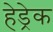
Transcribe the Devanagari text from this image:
हेड्रेक